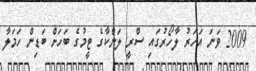
2009 ވަނަ އަހަރު ލާހޯރުގައި ސްރީ ލަންކާގެ ޓީމުގެ ބަހަށް ބަޑިން ހަމަލާ